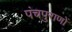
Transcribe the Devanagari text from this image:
पंचपुराणों